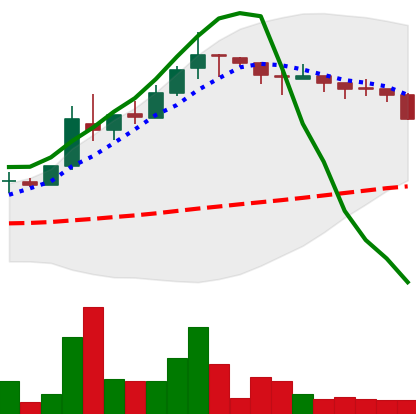
Ticker: TRX-USD
Chart end date: 2018-05-10
Forward return: -6.807%
Label: down_5_7